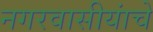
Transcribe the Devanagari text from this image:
नगरवासीयांचे